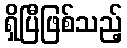
ရှိပြီဖြစ်သည့်